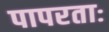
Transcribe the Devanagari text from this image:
पापरताः